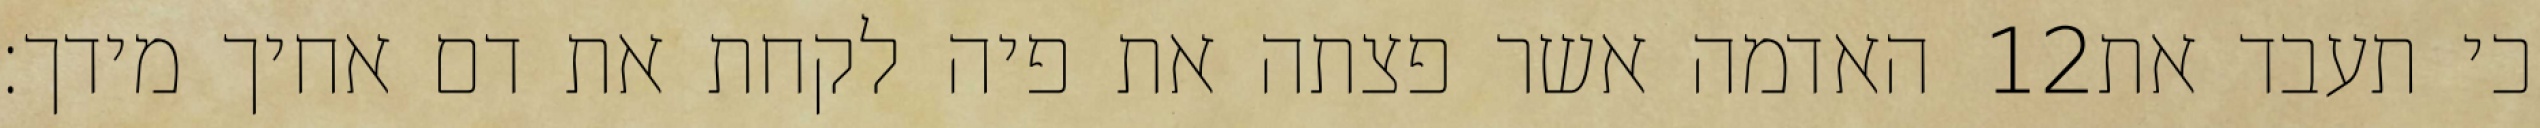
האדמה אשר פצתה את פיה לקחת את דם אחיך מידך׃ ‎12‏ כי תעבד את